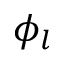
\phi _ { l }